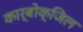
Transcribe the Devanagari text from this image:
कार्बोक्जिल